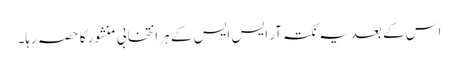
اس کے بعد یہ نکتہ آر ایس ایس کے ہر انتخابی منشور کا حصہ رہا۔